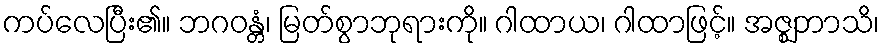
ကပ်လေပြီး၏။ ဘဂဝန္တံ၊ မြတ်စွာဘုရားကို။ ဂါထာယ၊ ဂါထာဖြင့်။ အဇ္ဈဘာသိ၊